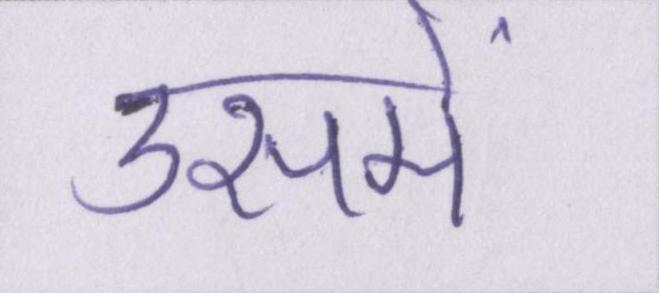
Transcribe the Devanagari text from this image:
उसमें